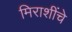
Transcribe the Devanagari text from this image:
मिराशींचे